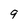
Character: 9